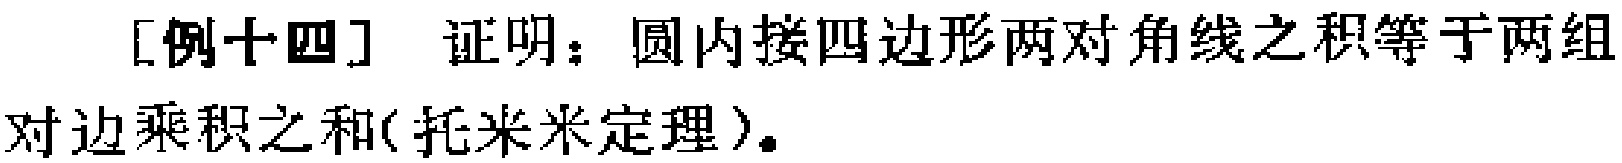
[例十四] 证明：圆内接四边形两对角线之积等于两组对边乘积之和(托米米定理)。